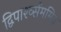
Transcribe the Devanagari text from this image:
द्विपार्श्व्सममित